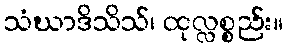
သံဃာဒိသိသ်၊ ထုလ္လစ္စည်း။